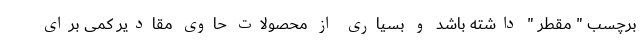
برچسب " مقطر " داشته باشد و بسیاری از محصولات حاوی مقادیر کمی برای